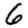
Digit: 6